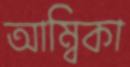
আম্বিকা